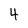
Character: 4